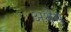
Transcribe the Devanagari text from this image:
अथेंस